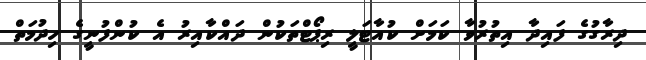
ދިރާގުގެ ފައިދާ އިތުރުވާ ކަމަށް ކުއާޓަލީ ރިޕޯޓްތަކުން ދައްކާއިރު އެ ކުންފުނީގެ ހިދުމަތް